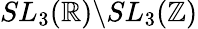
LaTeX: SL_{3}(\mathbb{R})\backslash SL_{3}(\mathbb{Z})